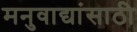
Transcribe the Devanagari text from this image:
मनुवाद्यांसाठी